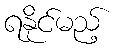
ရနိုင်မည့်